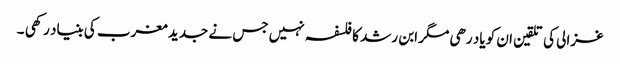
غزالی کی تلقین ان کو یاد رھی مگر ابن رشد کا فلسفہ نہیں جس نے جدید مغرب کی بنیاد رکھی ۔